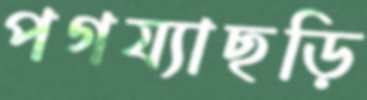
পগয্যাছড়ি